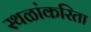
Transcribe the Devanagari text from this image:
स्थळांकरिता